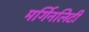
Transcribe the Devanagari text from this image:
मर्गिनलिटी